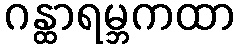
ဂန္ထာရမ္ဘကထာ